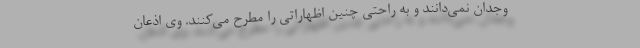
وجدان نمی‌دانند و به راحتی چنین اظهاراتی را مطرح می‌کنند. وی اذعان